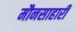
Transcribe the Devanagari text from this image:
मौनसाहारी